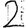
Digit: 2